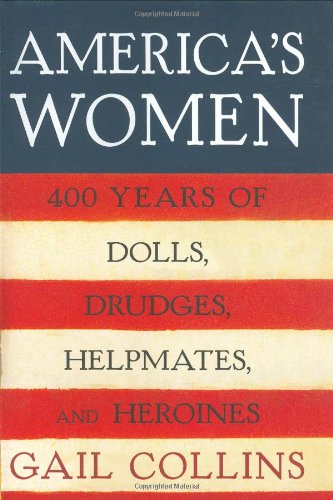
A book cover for America's Women: Four Hundred Years of Dolls, Drudges, Helpmates, and Heroines; Gail Collins; Politics & Social Sciences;